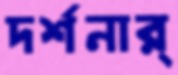
দর্শনার্